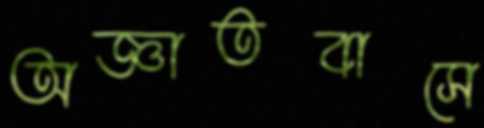
অজ্ঞাতবাসে